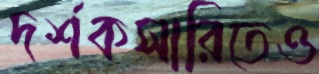
দর্শকসারিতেও